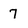
Character: 7